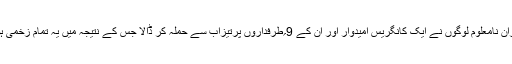
اس دوران نامعلوم لوگوں نے ایک کانگریس امیدوار اور ان کے 9؍طرفداروں پرتیزاب سے حملہ کر ڈالا جس کے نتیجہ میں یہ تمام زخمی ہوگئے ۔